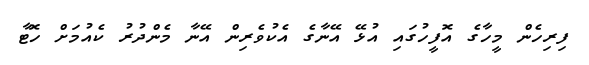
ފިރިހެން މީހާގެ އޮފީހުގައި އުޅޭ އޭނާގެ އެކުވެރިން އޭނާ މެންދުރު ކެއުމަށް ހޮޓާ